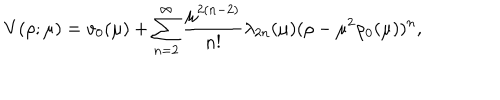
V ( \rho ; \mu ) = v _ { 0 } ( \mu ) + \sum _ { n = 2 } ^ { \infty } \frac { \mu ^ { 2 ( n - 2 ) } } { n ! } \lambda _ { 2 n } ( \mu ) ( \rho - \mu ^ { 2 } \rho _ { 0 } ( \mu ) ) ^ { n } ,